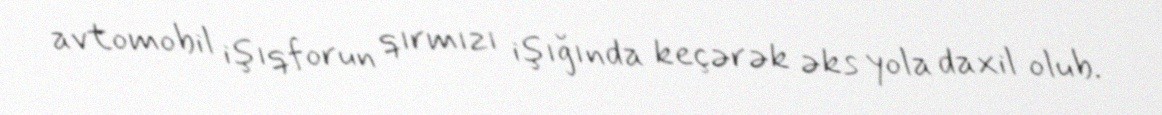
avtomobil işıqforun qırmızı işığında keçərək əks yola daxil olub.